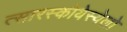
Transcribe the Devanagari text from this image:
त्सारस्कोयेस्येलो